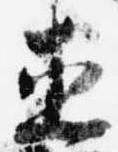
直